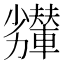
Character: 𠣇